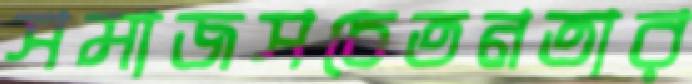
সমাজসচেতনতার